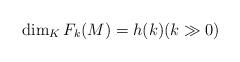
LaTeX: \begin{align*}\dim_K F_k(M) = h(k) (k \gg 0)\end{align*}